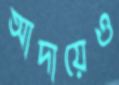
আদায়েও